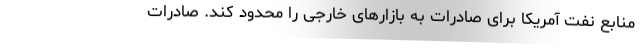
منابع نفت آمریکا برای صادرات به بازارهای خارجی را محدود کند. صادرات